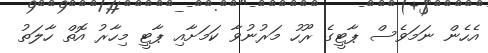
އެހެން ނަމަވެސް ޕާޓީގެ ރޫހު މަރުނުވާ ކަމަށާއި ޕާޓީ މިހާރު އޮތް ހާލަތު